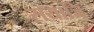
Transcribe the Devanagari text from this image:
सयाजि